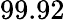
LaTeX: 99.92